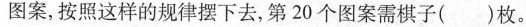
图案，按照这样的规律摆下去，第20个图案需棋子()枚。